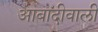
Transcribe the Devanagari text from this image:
आबादीवाली